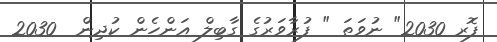
ފޮރ 2030" ނުވަތަ " ފުރާވަރުގެ ގާބިލް އަންހެން ކުދިން  2030